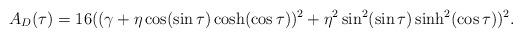
LaTeX: \begin{align*}A_{D}(\tau) &= 16 ((\gamma +\eta \cos (\sin \tau) \cosh (\cos \tau) )^2+\eta ^2 \sin ^2(\sin \tau) \sinh ^2(\cos \tau))^2.\end{align*}